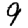
Digit: 9